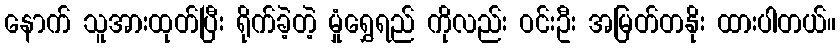
နောက် သူအားထုတ်ပြီး ရိုက်ခဲ့တဲ့ မှုံရွှေရည် ကိုလည်း ဝင်းဦး အမြတ်တနိုး ထားပါတယ်။